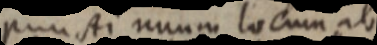
puncti unum locum ab